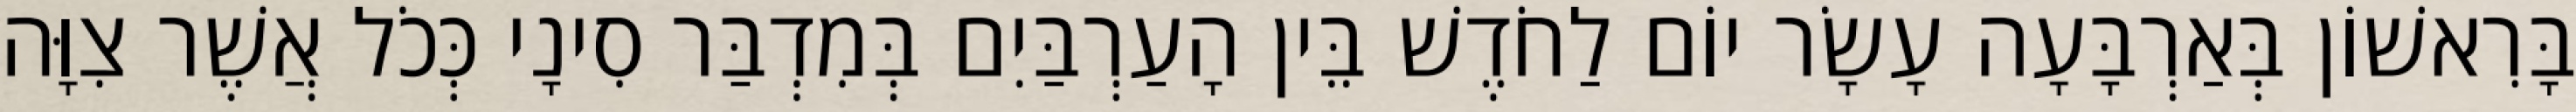
בָּרִאשׁוֹן בְּאַרְבָּעָה עָשָׂר יוֹם לַחֹדֶשׁ בֵּין הָעַרְבַּיִם בְּמִדְבַּר סִינָי כְּכֹל אֲשֶׁר צִוָּה